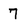
Character: 7